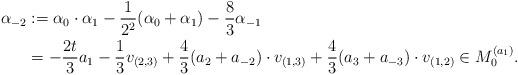
LaTeX: \begin{align*}\alpha_{-2} &:= \alpha_0 \cdot \alpha_1 - \frac{1}{2^2}(\alpha_0 + \alpha_1) - \frac{8}{3} \alpha_{-1} \\&= -\frac{2t}{3} a_1 - \frac{1}{3} v_{(2,3)} + \frac{4}{3}(a_2 + a_{-2}) \cdot v_{(1,3)}+ \frac{4}{3}(a_3 + a_{-3}) \cdot v_{(1,2)} \in M_0^{(a_1)}. \end{align*}